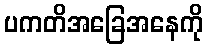
ပကတိအခြေအနေကို